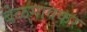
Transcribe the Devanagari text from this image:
बेळगांवकर